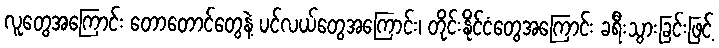
လူတွေအကြောင်း တောတောင်တွေနဲ့ ပင်လယ်တွေအကြောင်း၊ တိုင်းနိုင်ငံတွေအကြောင်း ခရီးသွားခြင်းဖြင့်